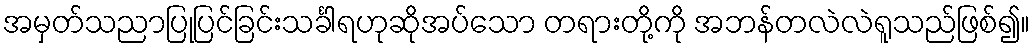
အမှတ်သညာပြုပြင်ခြင်းသင်္ခါရဟုဆိုအပ်သော တရားတို့ကို အဘန်တလဲလဲရူသည်ဖြစ်၍။